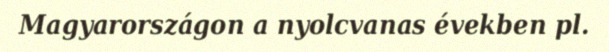
Magyarországon a nyolcvanas években pl.